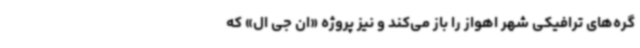
گره‌های ترافیکی شهر اهواز را باز می‌کند و نیز پروژه «ان جی ال» که